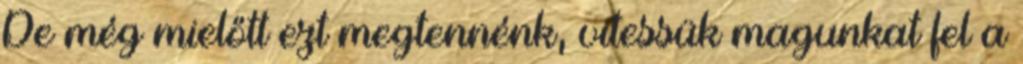
De még mielőtt ezt megtennénk, vitessük magunkat fel a